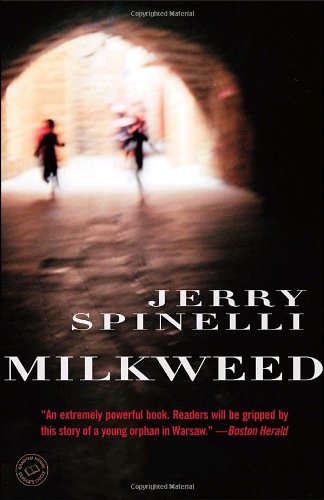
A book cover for Milkweed (Random House Reader's Circle); Jerry Spinelli; Teen & Young Adult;